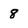
Character: 8